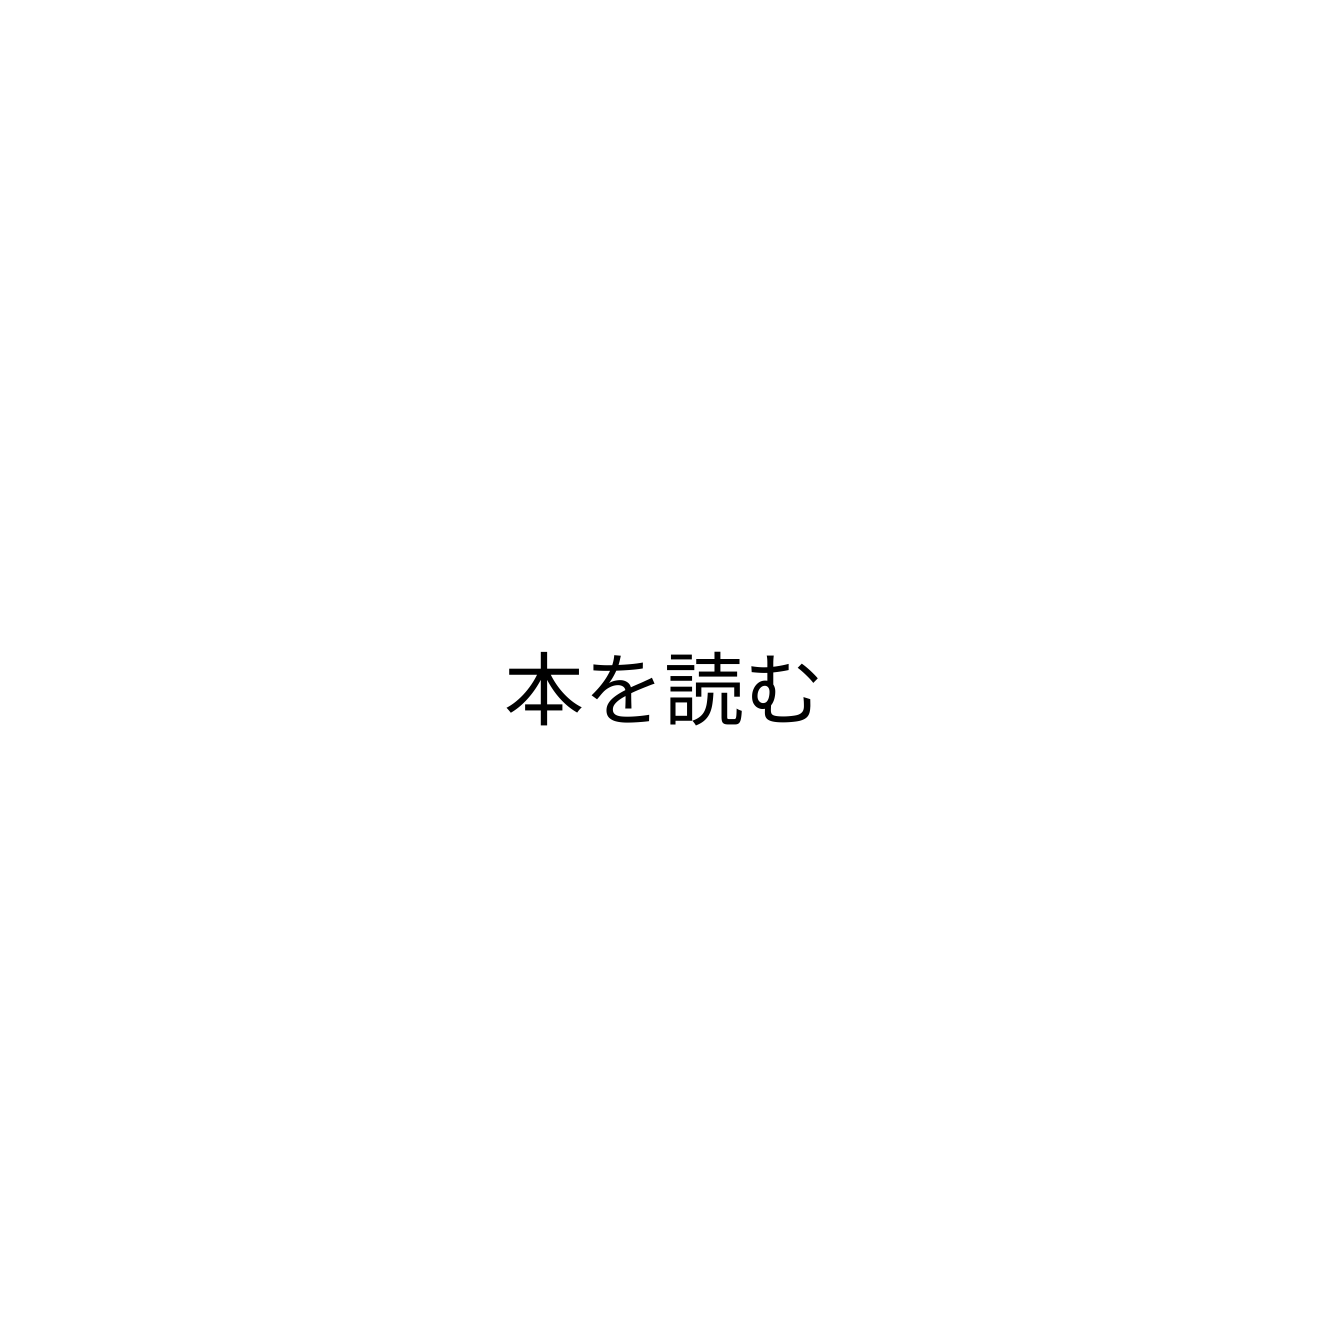
本を読む